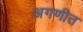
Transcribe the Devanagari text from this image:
अगणीत